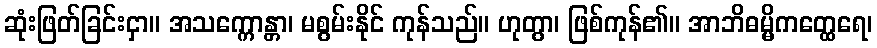
ဆုံးဖြတ်ခြင်းငှာ။ အသက္ကောန္တာ၊ မစွမ်းနိုင် ကုန်သည်။ ဟုတွာ၊ ဖြစ်ကုန်၏။ အာဘိဓမ္မိကတ္ထေရေ၊